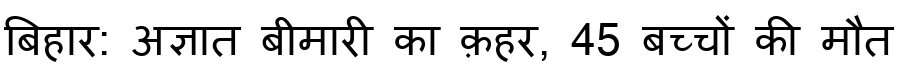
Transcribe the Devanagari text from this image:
बिहार: अज्ञात बीमारी का क़हर, 45 बच्चों की मौत